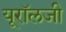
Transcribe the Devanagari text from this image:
यूरॉलजी